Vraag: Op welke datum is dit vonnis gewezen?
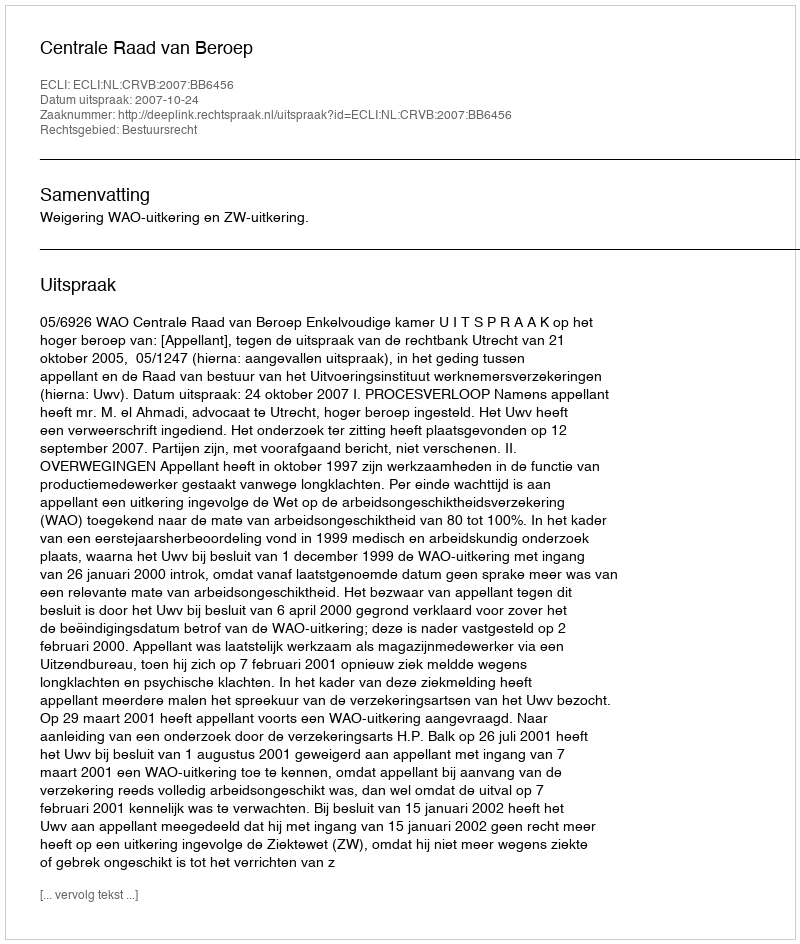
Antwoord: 2007-10-24